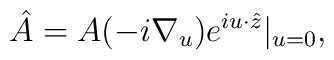
\hat A=A(-i\nabla_u)e^{iu \cdot \hat z}|_{u=0},